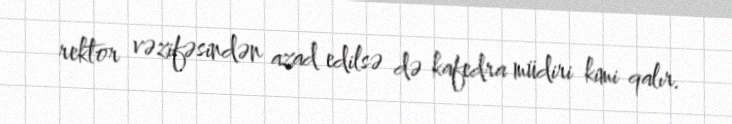
rektor vəzifəsindən azad edilsə də kafedra müdiri kimi qalır.